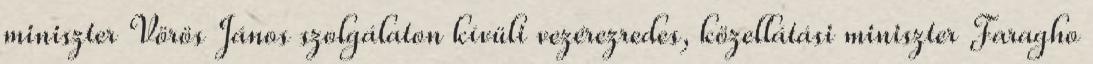
miniszter Vörös János szolgálaton kívüli vezérezredes, közellátási miniszter Faragho